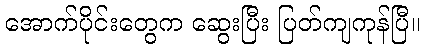
အောက်ပိုင်းတွေက ဆွေးပြီး ပြတ်ကျကုန်ပြီ။